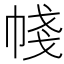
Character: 帴